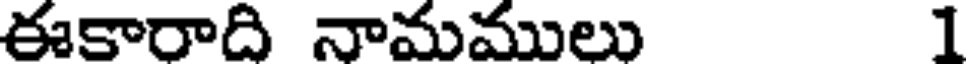
ఈకారాది నామములు 1